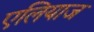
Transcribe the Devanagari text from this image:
एलियाज